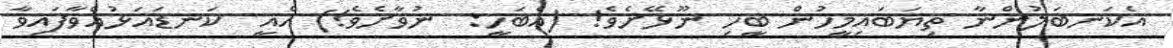
އެކަނބަލުންނާ ތިޔަބައިމީހުން ބީހި ނޫޅޭށެވެ! (އެބަހީ:  ނުވާށެވެ!) އެއީ  ކަނޑައަޅުއްވާފައިވާ